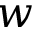
w